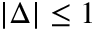
| \Delta | \leq 1